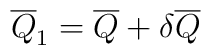
\overline{Q}_1=\overline{Q}+\delta \overline{Q}